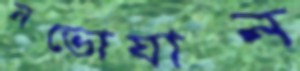
নভোযান